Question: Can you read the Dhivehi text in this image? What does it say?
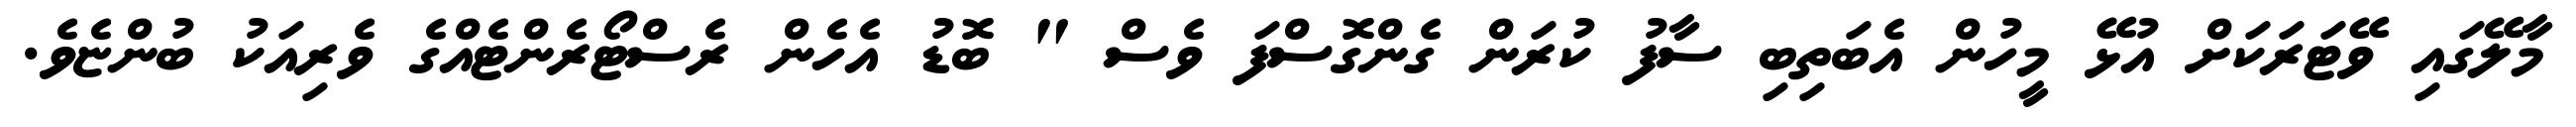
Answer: މާލޭގައި ވޭޓަރަކަށް އުޅޭ މީހުން އެބަތިބި ސާފު ކުރަން ގެންގޮސްފަ ވެސް " ބޮޑު އެހެން ރެސްޓޯރެންޓެއްގެ ވެރިއަކު ބުންޏެވެ.